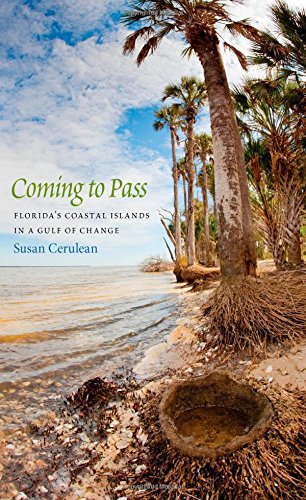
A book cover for Coming to Pass: Florida's Coastal Islands in a Gulf of Change; Susan Cerulean; Science & Math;